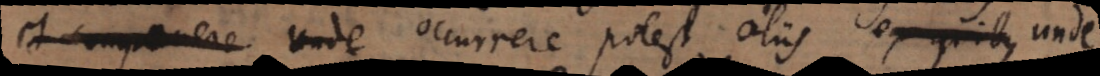
et componere unde occurrere potest aliis ex quibus in